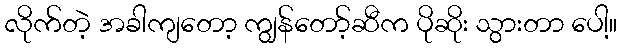
လိုက်တဲ့ အခါကျတော့ ကျွန်တော့်ဆီက ပိုဆိုး သွားတာ ပေါ့။